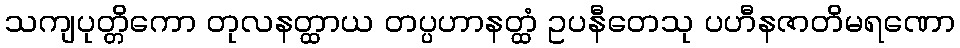
သကျပုတ္တိကော တုလနတ္ထာယ တပ္ပဟာနတ္ထံ ဥပနီတေသု ပဟီနဇာတိမရဏော